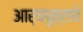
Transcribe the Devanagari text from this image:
आर्यपुत्राचे